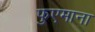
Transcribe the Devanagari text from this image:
फुएमाना